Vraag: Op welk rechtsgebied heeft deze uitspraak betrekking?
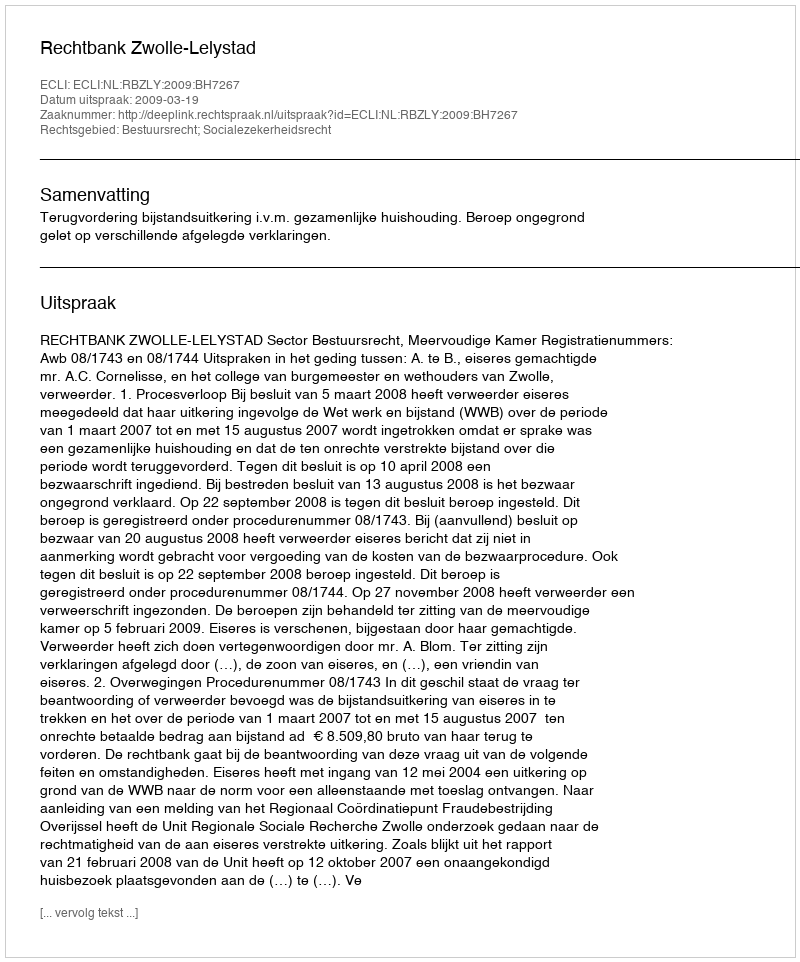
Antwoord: Bestuursrecht; Socialezekerheidsrecht